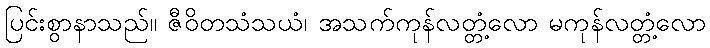
ပြင်းစွာနာသည်။ ဇီဝိတသံသယံ၊ အသက်ကုန်လတ္တံ့လော မကုန်လတ္တံ့လော